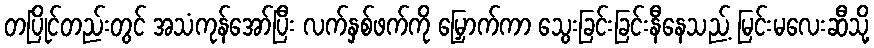
တပြိုင်တည်းတွင် အသံကုန်အော်ပြီး လက်နှစ်ဖက်ကို မြှောက်ကာ သွေးခြင်းခြင်းနီနေသည့် မြင်းမလေးဆီသို့